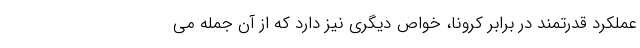
عملکرد قدرتمند در برابر کرونا، خواص دیگری نیز دارد که از آن جمله می